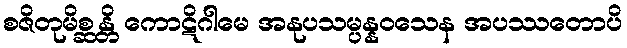
စဇိတုမိစ္ဆန္တိ ကောဋိဂါမေ အနုပသမ္ပန္နဝသေန အပဿတောပိ